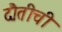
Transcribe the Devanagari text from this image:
दौतीची